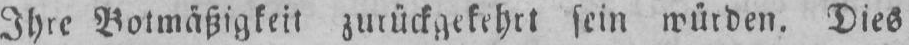
Ihre Botmäßigkeit zurückgekehrt sein würden. Dies